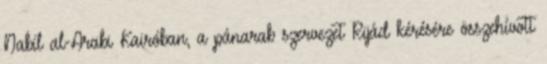
Nabíl al-Arabi Kairóban, a pánarab szervezet Rijád kérésére összehívott